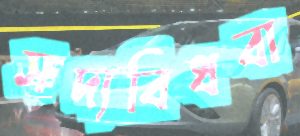
সদ্যবিধবা